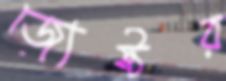
জ্যেষ্ঠর